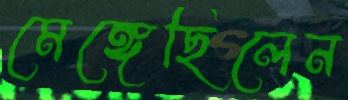
মেঙ্গেছিলেন